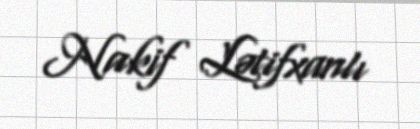
Nakif Lətifxanlı